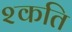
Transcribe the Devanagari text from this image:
श्कति